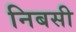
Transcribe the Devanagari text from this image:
निबसी